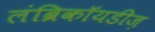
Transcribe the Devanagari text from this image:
लंब्रिकॉयडीज़